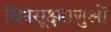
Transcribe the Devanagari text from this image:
विषसूक्ष्माणुओं